Report on vaccination in Madras 1895-1903 - 1895-1903
Year: 1895
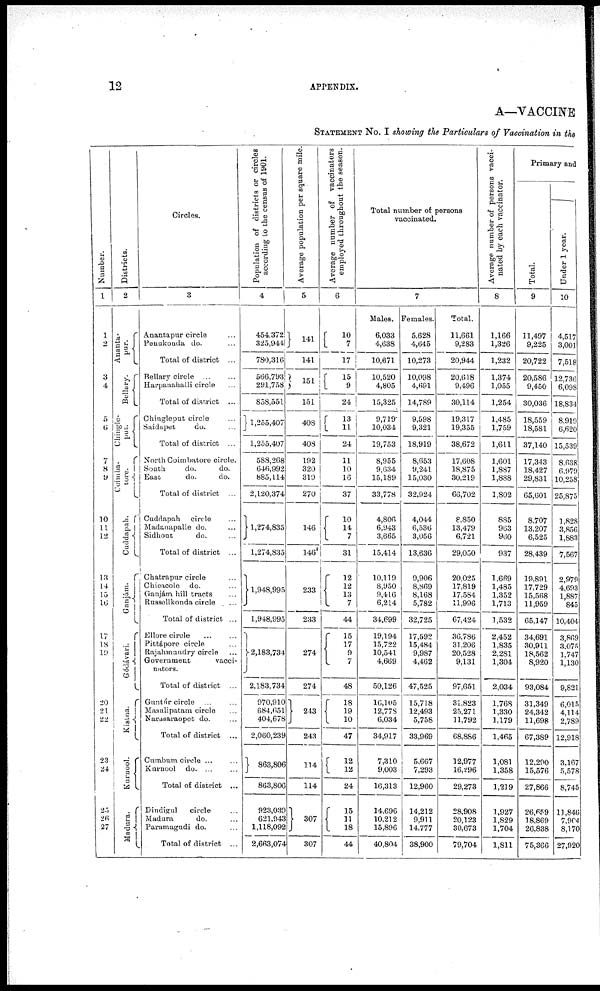
12
APPENDIX.
A—VACCINE
STATEMENT No. I showing the Particulars of Vaccination in the
Number.
1
1
2
3
4
5
6
7
8
9
10
11
12
13
14
15
16
17
18
19
20
21
22
23
24
25
26
27
Districts.
2
Ananta¬
pur.
Bellary.
Chingle¬
put.
Coimba¬
tore.
Cuddapah.
Ganjám.
Gódávari.
Kistna.
Kurnool.
Madura.
Circles.
3
Anantapur circle ...
Penukonda do. ...
Total of district ...
Bellary circle
...
...
Harpanahalli circle ...
Total of district ...
Chingleput circle ...
Saidapet
do. ...
Total of district ...
North Coimbatore circle.
South
do.
do.
East
do.
do.
Total of district ...
Cuddapah circle ...
Madanapalle do. ...
Sidhout
do. ...
Total of district ...
Chatrapur circle ...
Chicacole do. ...
Ganjám hill tracts ...
Russellkonda circle
...
Total of district ...
Ellore circle ... ...
Pittápore circle ...
Rajahmundry circle ...
Government
vacci-
nators.
Total of district ...
Guntúr circle ... ...
Masulipatam circle ...
Narasaraopet do. ...
Total of district ...
Cumbum circle ... ...
Kurnool d
o
. ... ...
Total of district ...
Dindigul
circle ...
Madura
do. ...
Paramagudi do. ...
Total of district ...
Population of districts or circles
according to the census of 1901.
4
454,372
325,944
780,316
566,793
291,758
858,551
1,255,407
1,255,407
588,268
646,992
885,114
2,120,374
1,274,835
1,274,835
1,948,995
1,948,995
2,183,734
2,183,734
970,910
684,651
404,678
2,060,239
863,806
863,806
923,039
621,943
1,118,092
2,663,074
Average population per square mile.
5
141
141
151
151
408
408
192
320
319
270
146
146
233
233
274
274
243
243
114
114
307
307
Average number of vaccinators
employed throughout the season.
6
10
7
17
15
9
24
13
11
24
11
10
16
37
10
14
7
31
12
12
13 7
44
15
17
9
7
48
18 19
10
47
12
12
24
15
11
18
44
Total number of persons
vaccinated.
7
Males.
6,033
4,638
10,671
10,520
4,805
15,325
9,719
10,034
19,753
8,955
9,634
15,189
33,778
4,806
6,943
3,665
15,414
10,119
8,950
9,416
6,214
34,699
19,194
15,722
10,541
4,669
50,126
16,105
12,778
6,034
34,917
7,310
9,003
16,313
14,696
10,212
15,896
40,804
Females.
5,628
4,645
10,273
10,098
4,691
14,789
9,598
9,321
18,919
8,653
9,241
15,030
32,924
4,044
6,536
3,056
13,636
9,906
8,869
8,168
5,782
32,725
17,592
15,484
9,987
4,462
47,525
15,718
12,493
5,758
33,969
5,667
7,293
12,960
14,212
9,911
14,777
38,900
Total.
11,661
9,283
20,944
20,618
9,496
30,114
19,317
19,355
38,672
17,608
18,875
30,219
66,702
8,850
13,479
6,721
29,050
20,025
17,819
17,584
11,996
67,424
36,786
31,206
20,528
9,131
97,651
31,823
25,271
11,792
68,886
12,977
16,296
29,273
28,908
20,123
30,673
79,704
Average number of persons vacci-
nated by each vaccinator.
8
1,166
1,326
1,232
1,374
1,055
1,254
1,485
1,759
1,611
1,601
1,887
1,888
1,802
885
963
960
937
1,669
1,485
1,352
1,713
1,532
2,452
1,835
2,281
1,304
2,034
1,768
1,330
1,179
1,465
1,081
1,358
1,219
1,927
1,829
1,704
1,811
Primary and
Total.
9
11,497
9,225
20,722
20,586
9,450
30,036
18,559
18,581
37,140
17,343
18,427
29,831
65,601
8,707
13,207
6,525
28,439
19,891
17,729
15,568
11,959
65,147
34,691
30,911
18,562
8,920
93,084
31,349
24,342
11,698
67,389
12,290
15,576
27,866
26,659
18,869
26,838
75,366
Under 1 year.
10
4,517
3,001
7,518
12,736
6,098
18,834
8,919
6,620
15,539
8,638
6,979
10,258
25,875
1,828
3,856
1,883
7,567
2,979
4,693
1,887
845
10,404
3,869
3,078
1,747
1,130
9,821
6,015
4,114
2,789
12,918
3,167
5,578
8,745
11,846
7,904
8,170
27,920